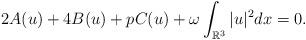
LaTeX: \begin{align*}2A(u)+4B(u)+pC(u)+\omega\int_{\mathbb{R}^{3}}|u|^{2}dx=0.\end{align*}